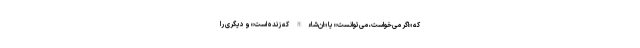
که «اگر می‌خواست، می‌توانست» یا «ان‌شاءالله که زنده است» و دیگری را